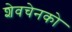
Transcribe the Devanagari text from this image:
शेवचेनको